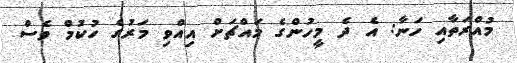
މުއްރަތާއި ހަނާ: އެ ދެ މީހުންގެ މައްޗަށް އިއްވި މަރުގެ ހުކުމް ވެސް